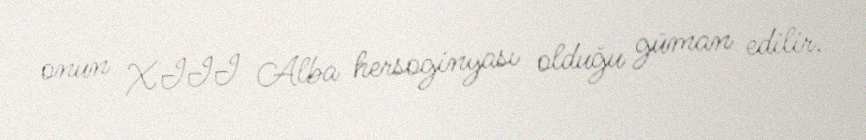
onun XIII Alba hersoginyası olduğu güman edilir.